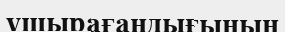
ұшырағандығының